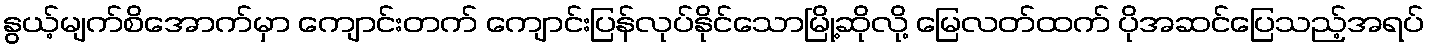
နွယ့်မျက်စိအောက်မှာ ကျောင်းတက် ကျောင်းပြန်လုပ်နိုင်သောမြို့ဆိုလို့ မြေလတ်ထက် ပိုအဆင်ပြေသည့်အရပ်